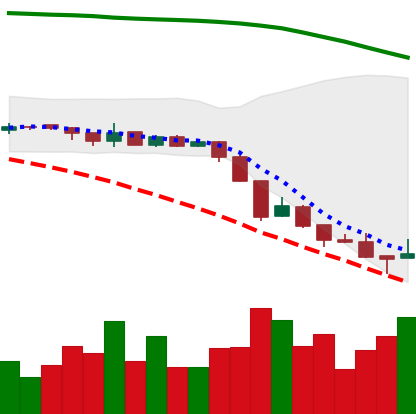
Ticker: XRP-USD
Chart end date: 2018-08-15
Forward return: 13.219%
Label: up_7plus